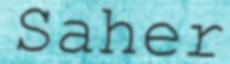
Saher